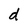
Character: d